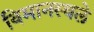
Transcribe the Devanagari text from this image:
विमानस्थले